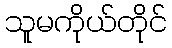
သူမကိုယ်တိုင်